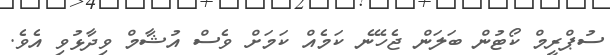
ސުޕްރީމް ކޯޓުން ބަލަން ޖެހޭނެ ކަމެއް ކަމަށް ވެސް އުޝާމް ވިދާޅުވި އެވެ.